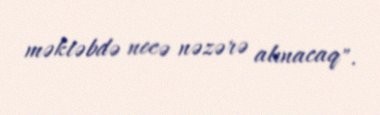
məktəbdə necə nəzərə alınacaq".